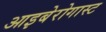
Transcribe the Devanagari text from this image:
आइबेरोगास्ट